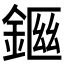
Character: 𨨙